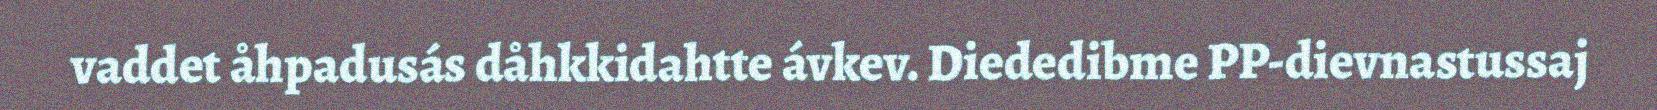
vaddet åhpadusás dåhkkidahtte ávkev. Diededibme PP-dievnastussaj